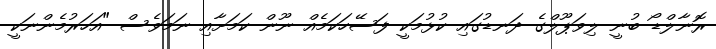
ރޮނާލްޑޯ ބުނީ ލިވަޕޫލްގެ ދަނޑުގައި ކުޅުމަކީ ފަސޭހަކަމެއް ނޫން ކަމަށާއި ނަމަވެސް "އަހަރުމެންނަކީ